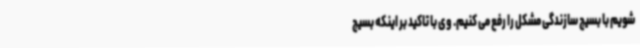
شویم با بسیج سازندگی مشکل را رفع می کنیم. وی با تاکید بر اینکه بسیج